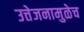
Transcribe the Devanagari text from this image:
उत्तेजनामुळेच